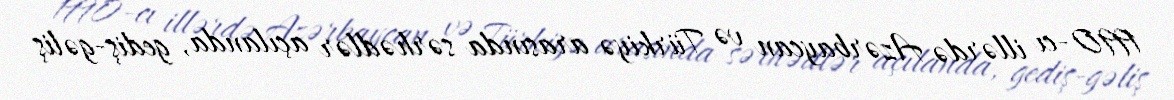
1990-cı illərdə Azərbaycan və Türkiyə arasında sərhədlər açılanda, gediş-gəliş